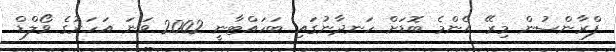
ފްރާންސުން މިރޭ އެންމެ ބޮޑަށް ހަނދާނުގައި ބަހައްޓާނީ 2002 ވަނަ އަހަރުގެ ވޯލްޑް